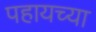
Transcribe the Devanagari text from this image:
पहायच्या